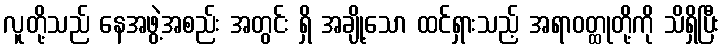
လူတို့သည် နေအဖွဲ့အစည်း အတွင်း ရှိ အချို့သော ထင်ရှားသည့် အရာဝတ္ထုတို့ကို သိရှိပြီး